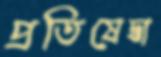
প্রতিষেদ্ধা